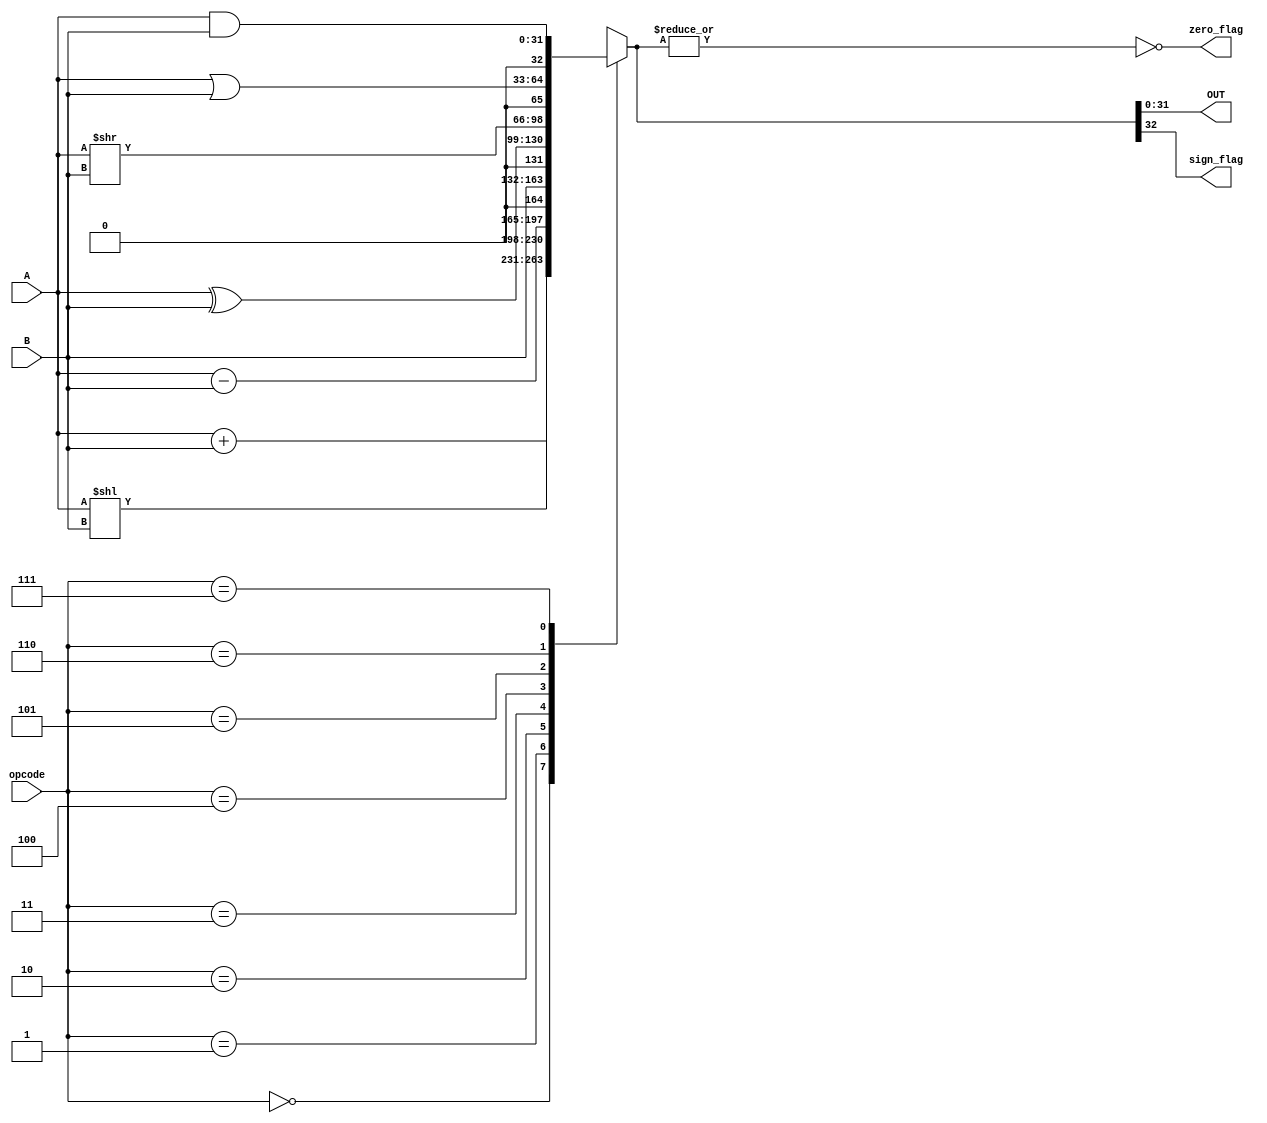
module ALU_32_bit(A,B,opcode,
OUT,zero_flag,sign_flag);

input  [31:0] A,B;
input  [2:0] opcode;
output [31:0] OUT;

output zero_flag,sign_flag;

reg [32:0] R;

always @(*)
begin
case(opcode)
3'b000:R=A+B;
3'b001:R=A<<B;
3'b010:R=A-B;
3'b011:R=B;
3'b100:R=A^B;
3'b101:R=A>>B;
3'b110:R=A|B;
3'b111:R=A&B;
default:R=32'b000;

endcase
end

assign OUT=R[31:0];
assign zero_flag=~(|R);
assign sign_flag=R[32];

endmodule